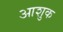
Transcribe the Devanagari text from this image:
आशुक